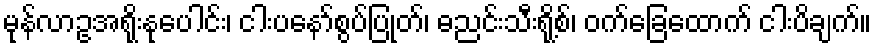
မုန်လာဥအရိုးနုပေါင်း၊ ငါးပနော်စွပ်ပြုတ်၊ ဓညင်းသီးရို့စ်၊ ဝက်ခြေထောက် ငါးပိချက်။